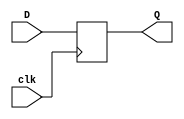
module flipflopD(clk,D,Q);

	input clk, D; 
	output reg Q;
  
	always @ (posedge clk) begin  
			Q <= D;
			
	
  end  
endmodule